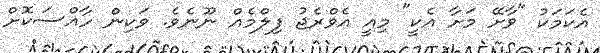
އެކަމަކު "ވާށޭ މަށާ އެކީ" މިއީ އެވްރެޖު ފިލްމެއް ނޫނެވެ. ވަކިން ހާއްސަކޮށް